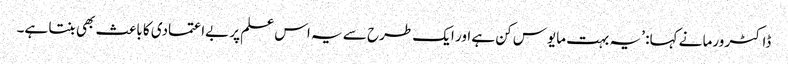
ڈاکٹر ورما نے کہا: ’یہ بہت مایوس کن ہے اور ایک طرح سے یہ اس علم پر بےاعتمادی کا باعث بھی بنتا ہے۔